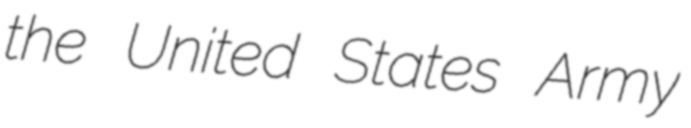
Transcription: the United States Army